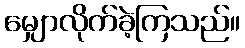
မျှောလိုက်ခဲ့ကြသည်။